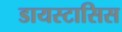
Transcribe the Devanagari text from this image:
डायस्टासिस